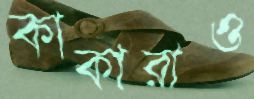
কাকারাও